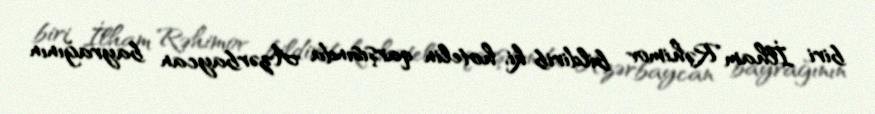
biri İlham Rəhimov bildirib ki, hotelin qarşısında Azərbaycan bayrağının